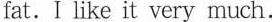
fat.I like it very much.